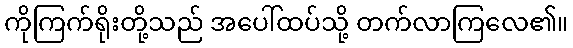
ကိုကြက်ရိုးတို့သည် အပေါ်ထပ်သို့ တက်လာကြလေ၏။